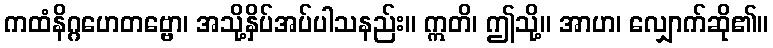
ကထံနိဂ္ဂဟေတဗ္ဗော၊ အသို့နှိပ်အပ်ပါသနည်း။ ဣတိ၊ ဤသို့။ အာဟ၊ လျှောက်ဆို၏။